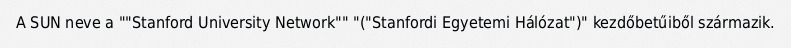
A SUN neve a ""Stanford University Network"" "("Stanfordi Egyetemi Hálózat")" kezdőbetűiből származik.